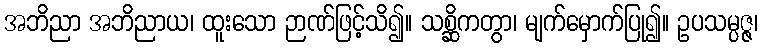
အဘိညာ အဘိညာယ၊ ထူးသော ဉာဏ်ဖြင့်သိ၍။ သစ္ဆိကတွာ၊ မျက်မှောက်ပြု၍။ ဥပသမ္ပဇ္ဇ၊